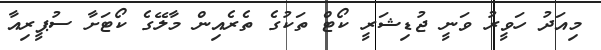
މިއަދު ހަވީރު ވަނީ ޖުޑިޝަރީ ކޯޓް ތަކުގެ ތެރެއިން މާލޭގެ ކޯޓަށާ ސުޕީރިއާ